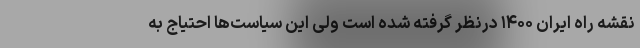
نقشه راه ایران ۱۴۰۰ درنظر گرفته شده است ولی این سیاست‌ها احتیاج به